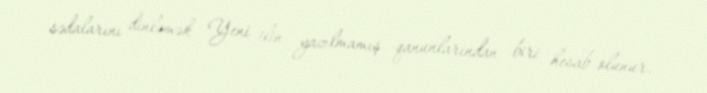
sədalarını dinləmək Yeni ilin yazılmamış qanunlarından biri hesab olunur.